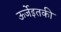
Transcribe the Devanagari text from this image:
ऊर्जेइतकी